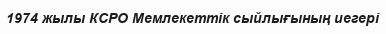
1974 жылы КСРО Мемлекеттік сыйлығының иегері